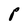
Character: P